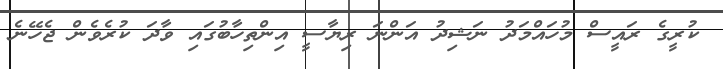
ކުރީގެ ރައީސް މުހައްމަދު ނަޝިދު އަންނަ ރިޔާސީ އިންތިހާބުގައި ވާދަ ކުރެވެން ޖެހޭނެ